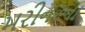
મરીનરના